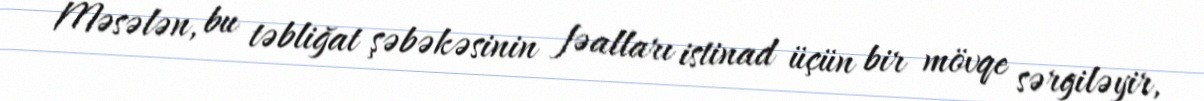
Məsələn, bu təbliğat şəbəkəsinin fəalları istinad üçün bir mövqe sərgiləyir,